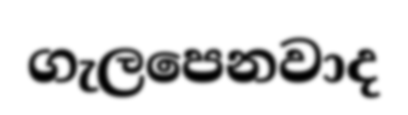
ගැලපෙනවාද